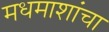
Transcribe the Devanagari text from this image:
मधमाशांचा